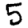
Digit: 5